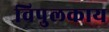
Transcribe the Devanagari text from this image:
विपुलकाय